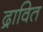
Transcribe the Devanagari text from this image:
द्रावित